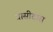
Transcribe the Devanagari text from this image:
धासीदास